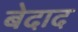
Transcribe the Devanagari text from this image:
बेदाद